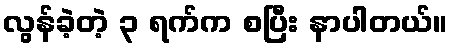
လွန်ခဲ့တဲ့ ၃ ရက်က စပြီး နာပါတယ်။